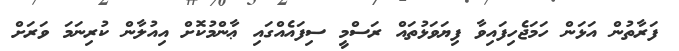
ފަރާތުން އަޅަން ހަމަޖެހިފައިވާ ފިޔަވަޅުތައް ރަސްމީ ސިފައެއްގައި ޢާންމުކޮށް އިއުލާން ކުރިނަމަ ވަރަށް